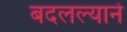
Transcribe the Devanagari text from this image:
बदलल्याने